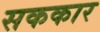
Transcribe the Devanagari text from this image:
सककार